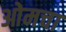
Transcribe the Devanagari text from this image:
ओमचा